Civil Veterinary Department Bihar & Orissa reports 1929-36 - 1929-1936
Year: 1929
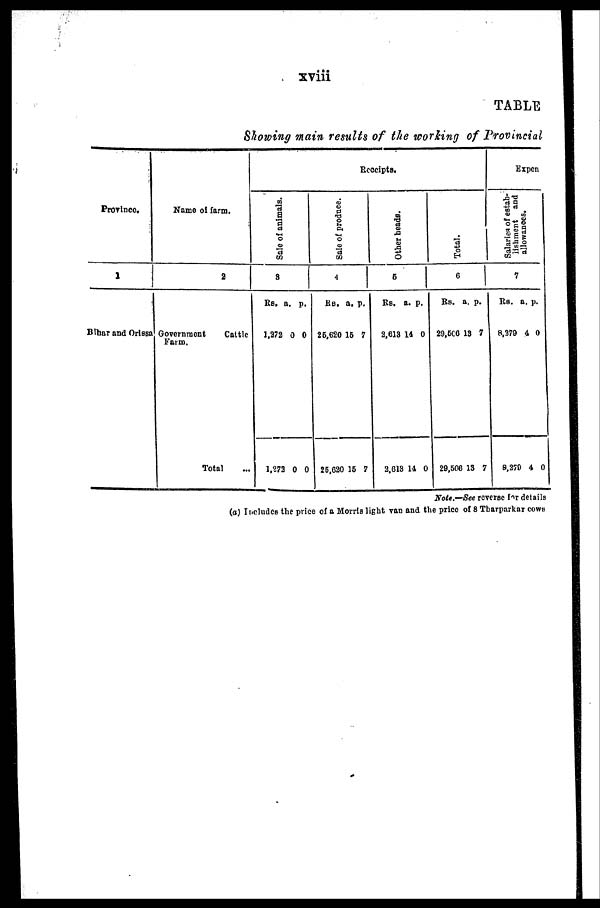
xviii
TABLE
Showing main results of the working of Provincial
Province.
1
Bihar and Orissa
Name of farm.
2
Government
Cattle
Farm.
Total ...
Receipts.
Sal e of animals.
3
Rs.
1,372
1,273
a.
0
0
p.
0
0
Sale of produce.
4
Rs.
25,620
25,620
a.
16
15
p.
7
7
Other heads.
5
Rs.
2,613
2,618
a.
14
14
p.
0
0
Total.
6
Rs.
29,506
29,506
a.
13
13
p.
7
7
Expen
Salaries of estab-
lishment and
allowances.
7
Rs.
8,379
8,279
a.
4
4
p.
0
0
Nots.—See reverse for details
(a) Includes the price of a Morris light van and the price of 8 Tharparkar cows